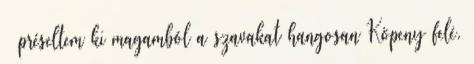
– préseltem ki magamból a szavakat hangosan Köpeny felé.